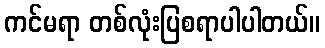
ကင်မရာ တစ်လုံးပြစရာပါပါတယ်။